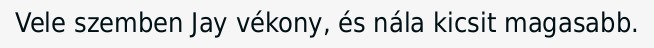
Vele szemben Jay vékony, és nála kicsit magasabb.